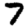
Digit: 7